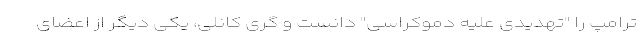
ترامپ را "تهدیدی علیه دموکراسی" دانست و گری کانلی، یکی دیگر از اعضای